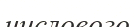
числового